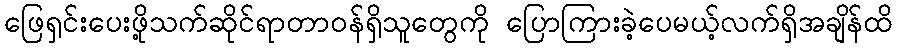
ဖြေရှင်းပေးဖို့သက်ဆိုင်ရာတာဝန်ရှိသူတွေကို ပြောကြားခဲ့ပေမယ့်လက်ရှိအချိန်ထိ